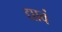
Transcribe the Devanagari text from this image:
द्यावं